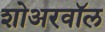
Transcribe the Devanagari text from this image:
शोअरवॉल